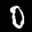
Label: 0